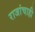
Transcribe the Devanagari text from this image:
राजांचाही